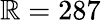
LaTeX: \mathbb{R}=287